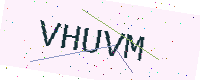
Text: VHUVM